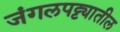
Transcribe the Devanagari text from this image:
जंगलपट्ट्यातील